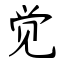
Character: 觉